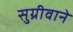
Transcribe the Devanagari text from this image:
सुग्रीवाने